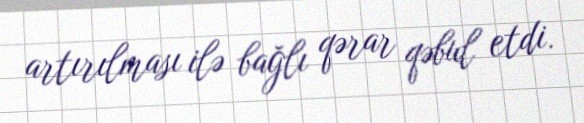
artırılması ilə bağlı qərar qəbul etdi.